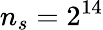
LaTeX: n_{s}=2^{14}